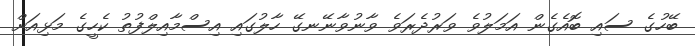
ބޭހުގެ ސައި ބޮއެގެން އަމަލުވެ ވަރުދެރަވެ ވާނުވާނޭނގޭ ހާލުގައި އިސްމާއިލްފުތު ކެހީގެ މަޅިއަށް